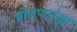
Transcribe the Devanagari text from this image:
बोलपटांतून